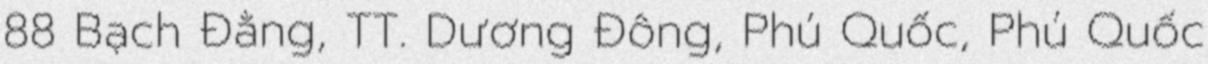
88 Bạch Đằng, TT. Dương Đông, Phú Quốc, Phú Quốc